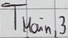
Text: TMain,3